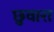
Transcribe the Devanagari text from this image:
छुवारा